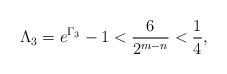
LaTeX: \begin{align*} \Lambda_{3}=e^{\Gamma_{3}}-1<\frac{6}{2^{m-n}}<\frac{1}{4}, \end{align*}